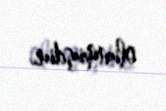
olunmuşdur.